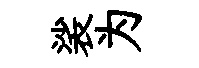
裟为